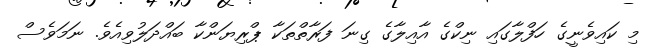
މި ކައިވެނީގެ ހަފްލާގައި ނިކްގެ އާއިލާގެ ގިނަ ފަރާތްތަކާ ޕްރިޔަންކާ ބައްދަލުވިއެވެ. ނަމަވެސް